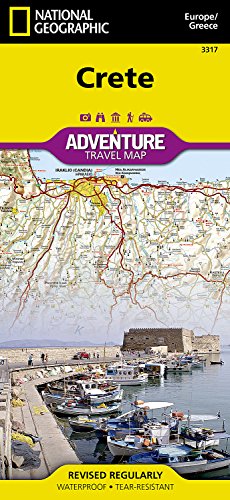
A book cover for Crete [Greece] (National Geographic Adventure Map); National Geographic Maps - Adventure; Travel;